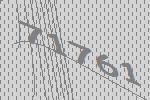
71761